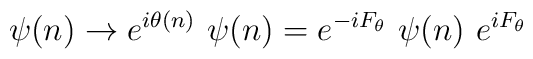
\psi (n)\to e^{i\theta (n)}\ \psi (n) =e^{-iF_\theta}\ \psi (n)\ e^{iF_\theta}